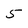
Character: 5